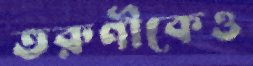
তরুণীকেও